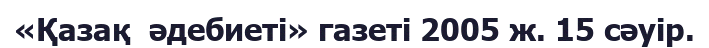
«Қазақ  әдебиеті» газеті 2005 ж. 15 сәуір.